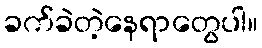
ခက်ခဲတဲ့နေရာတွေပါ။